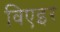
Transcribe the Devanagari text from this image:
विएइर